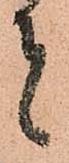
者